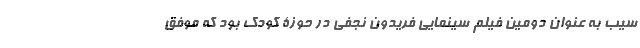
سیب به عنوان دومین فیلم سینمایی فریدون نجفی در حوزۀ کودک بود که موفق